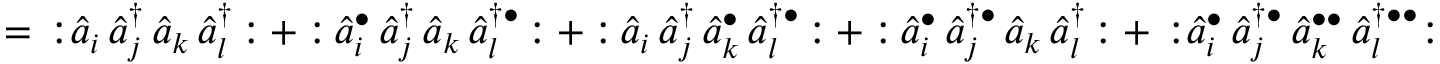
= \, { \mathopen { : } } { \hat { a } } _ { i } \, { \hat { a } } _ { j } ^ { \dagger } \, { \hat { a } } _ { k } \, { \hat { a } } _ { l } ^ { \dagger } \, { \mathclose { : } } + { \mathopen { : } } \, { \hat { a } } _ { i } ^ { \bullet } \, { \hat { a } } _ { j } ^ { \dagger } \, { \hat { a } } _ { k } \, { \hat { a } } _ { l } ^ { \dagger \bullet } \, { \mathclose { : } } + { \mathopen { : } } \, { \hat { a } } _ { i } \, { \hat { a } } _ { j } ^ { \dagger } \, { \hat { a } } _ { k } ^ { \bullet } \, { \hat { a } } _ { l } ^ { \dagger \bullet } \, { \mathclose { : } } + { \mathopen { : } } \, { \hat { a } } _ { i } ^ { \bullet } \, { \hat { a } } _ { j } ^ { \dagger \bullet } \, { \hat { a } } _ { k } \, { \hat { a } } _ { l } ^ { \dagger } \, { \mathclose { : } } + \, { \mathopen { : } } { \hat { a } } _ { i } ^ { \bullet } \, { \hat { a } } _ { j } ^ { \dagger \bullet } \, { \hat { a } } _ { k } ^ { \bullet \bullet } \, { \hat { a } } _ { l } ^ { \dagger \bullet \bullet } { \mathclose { : } }